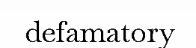
defamatory